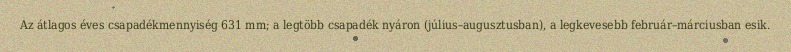
Az átlagos éves csapadékmennyiség 631 mm; a legtöbb csapadék nyáron (július–augusztusban), a legkevesebb február–márciusban esik.